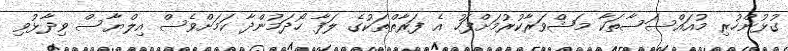
ގުޅުންހުރި މުއައްސަސާތަކާ މަޝްވަރާކުރުމަށްފަހު އެ ފަރާތްތަކުގެ ލަފާ ހޯދަމުންދާ ކަމަށްވެސް އިލްޔާސް ވިދާޅުވި